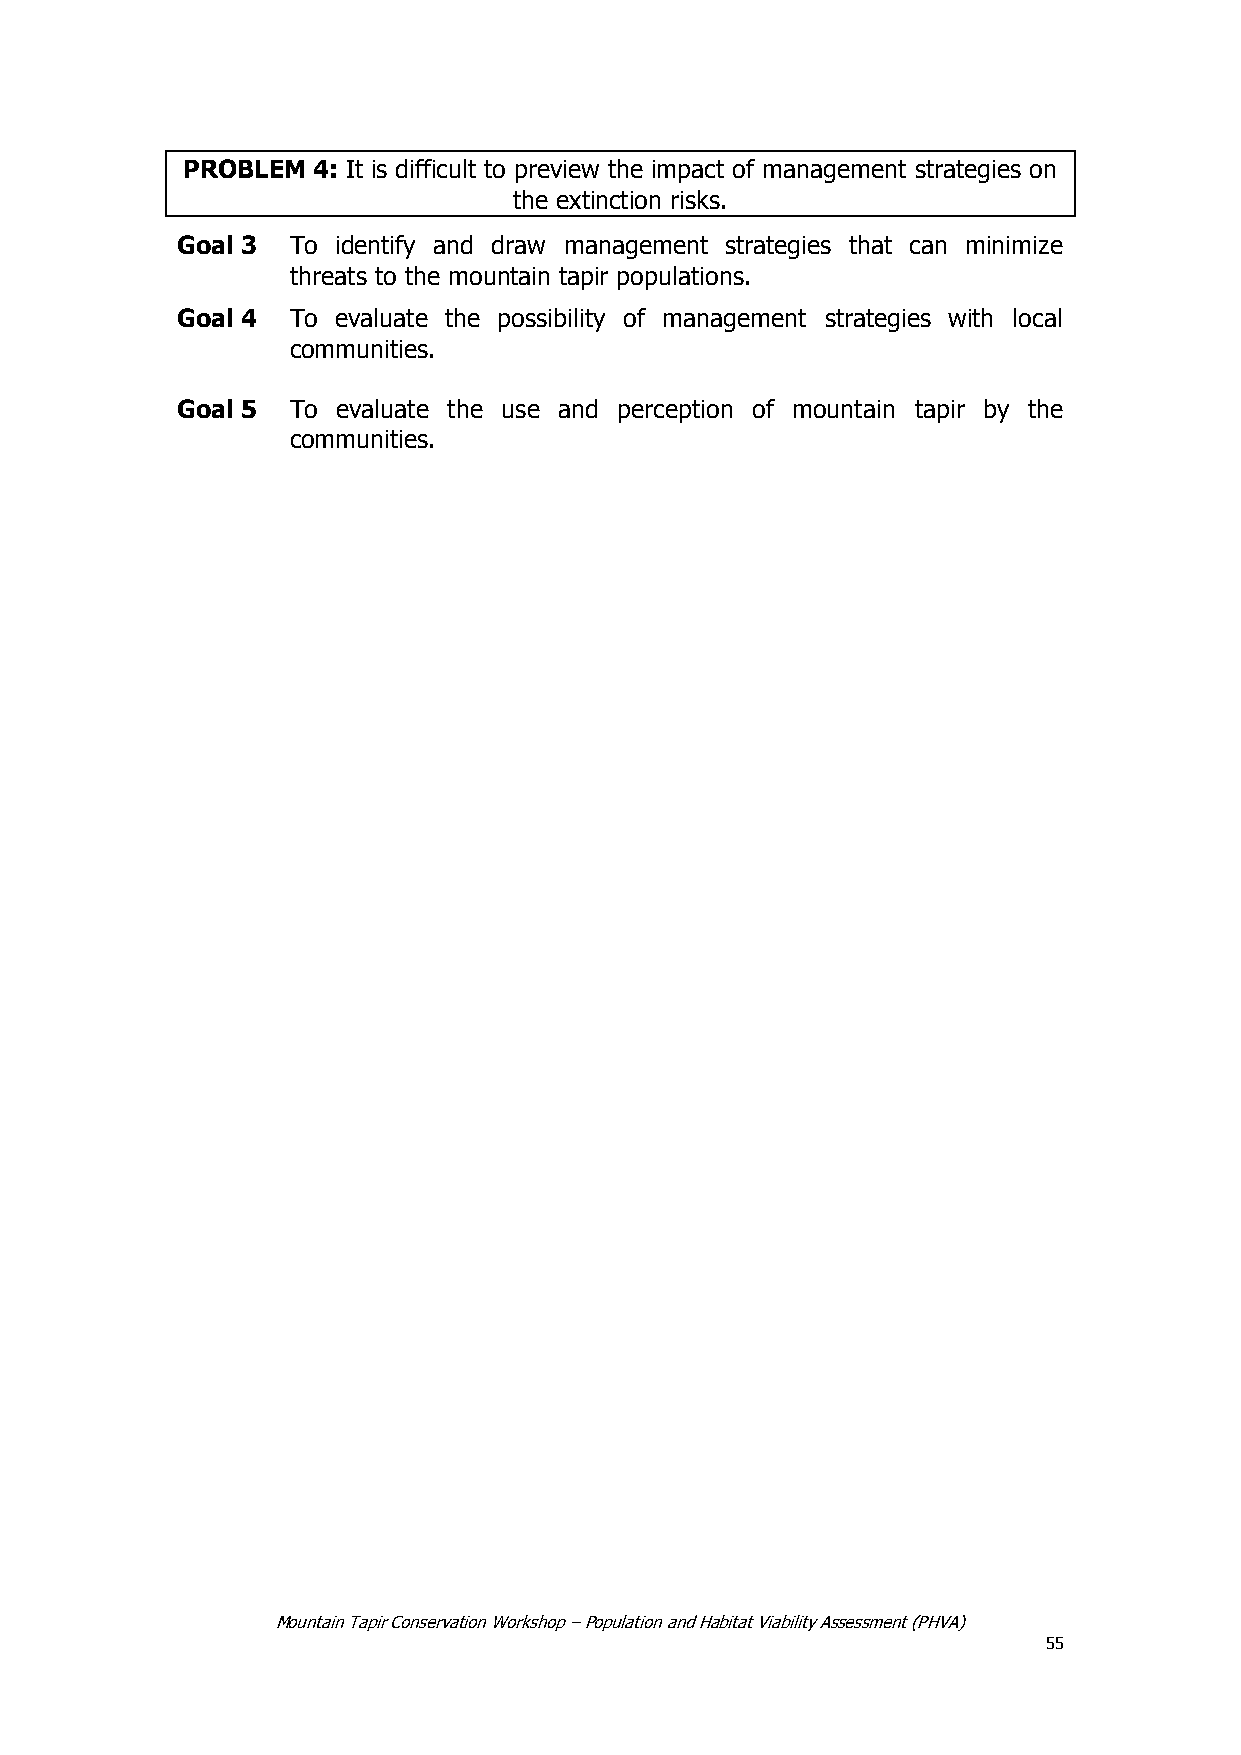
PROBLEM  4: It is difficult to preview the impact of management strategies on
 the extinction risks.
 Goal 3 To identify and draw management strategies that can minimize
 threats to the mountain tapir populations.
 Goal 4 To evaluate the possibility of management strategies with local
 communities.
 Goal 5 To evaluate the use and perception of mountain tapir by the
 communities.
 Mountain Tapir Conservation Workshop – Population and Habitat Viability Assessment (PHVA)
 55